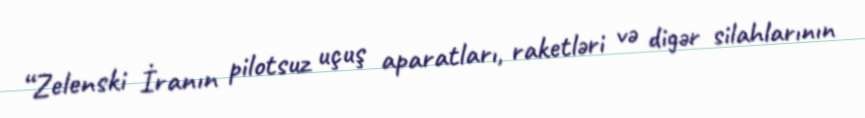
“Zelenski İranın pilotsuz uçuş aparatları, raketləri və digər silahlarının